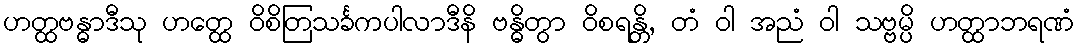
ဟတ္ထဗန္ဓာဒီသု ဟတ္ထေ ဝိစိတြသင်္ခကပါလာဒီနိ ဗန္ဓိတွာ ဝိစရန္တိ, တံ ဝါ အညံ ဝါ သဗ္ဗမ္ပိ ဟတ္ထာဘရဏံ